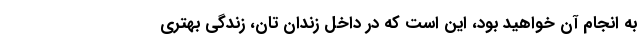
به انجام آن خواهید بود، این است که در داخل زندان تان، زندگی بهتری